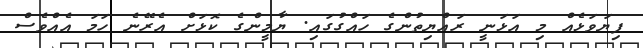
ފިޔަވަޅެއް މި އަޅަނީ ރައްޔިތުންގެ ހައްގުގައި. ޔާމީންގެ ކޮޅަށް އެރޭނެ ހަމަ އެއްވެސް